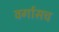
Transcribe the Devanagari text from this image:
वर्गासच